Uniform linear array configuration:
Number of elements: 48
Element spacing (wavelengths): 0.25
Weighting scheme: exponential
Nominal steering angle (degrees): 60
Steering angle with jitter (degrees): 58.407
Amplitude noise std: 0.05
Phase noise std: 0.05

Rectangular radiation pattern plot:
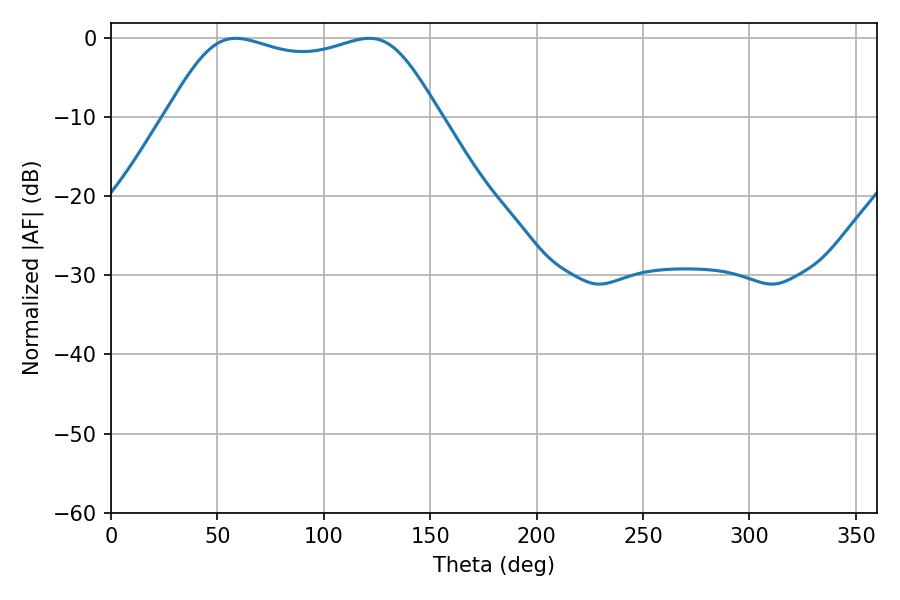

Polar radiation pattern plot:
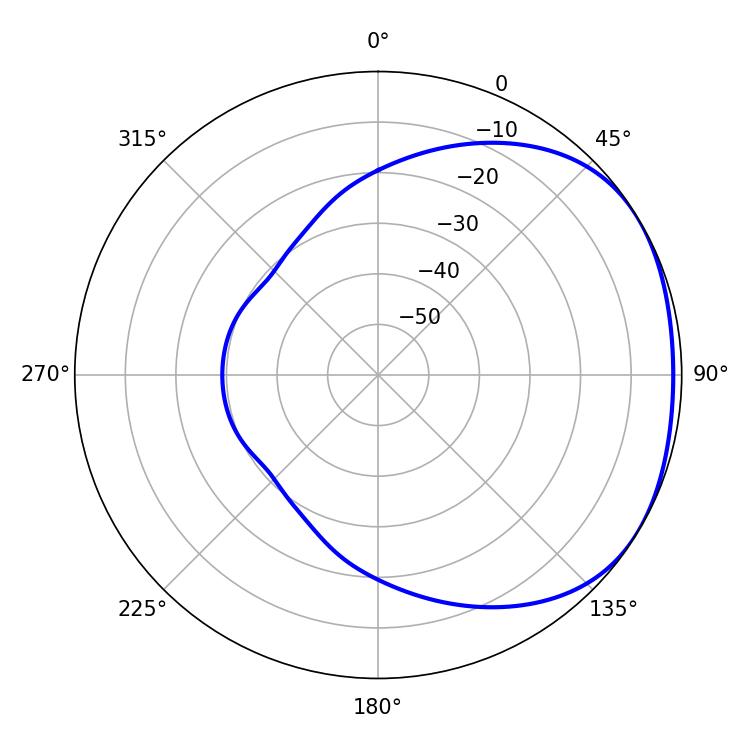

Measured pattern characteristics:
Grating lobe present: FALSE
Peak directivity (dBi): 1.759
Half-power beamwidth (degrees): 98.64
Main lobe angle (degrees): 58.68